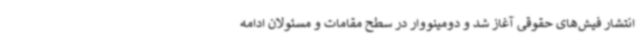
انتشار فیش‌های حقوقی آغاز شد و دومینووار در سطح مقامات و مسئولان ادامه